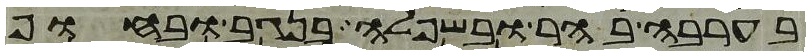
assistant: בערבה בהר ובשפלה בנגב ובחוף